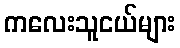
ကလေးသူငယ်များ